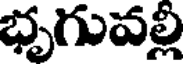
భృగువల్లి